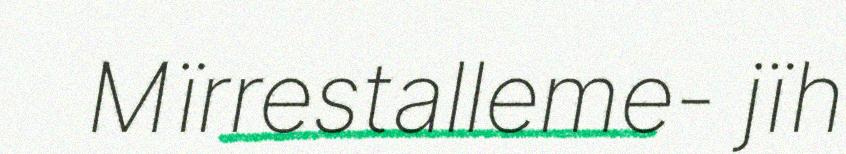
Mïrrestalleme- jïh